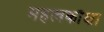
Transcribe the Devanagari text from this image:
महत्वकाँक्षा